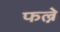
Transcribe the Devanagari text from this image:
फल्ने